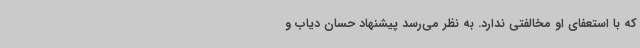
که با استعفای او مخالفتی ندارد. به نظر می‌رسد پیشنهاد حسان دیاب و